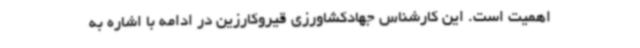
اهمیت است. این کارشناس جهادکشاورزی قیروکارزین در ادامه با اشاره به